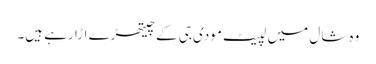
وہ شال میں لپیٹ مودی جی کے چیتھڑے اڑا رہے ہیں۔